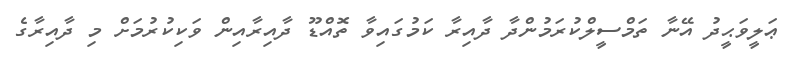
ޢަލީވަޙީދު އޭނާ ތަމްސީލްކުރަމުންދާ ދާއިރާ ކަމުގައިވާ ތޮއްޑޫ ދާއިރާއިން ވަކިކުރުމަށް މި ދާއިރާގެ